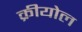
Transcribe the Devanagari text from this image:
क्रीयोल